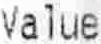
VALUE